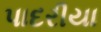
પાદરીયા